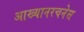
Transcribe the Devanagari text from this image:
आख्यानरचनेस